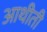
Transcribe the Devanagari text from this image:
आथीती